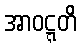
အာဝဋ္ဋတိ